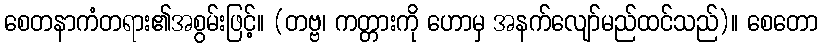
စေတနာကံတရား၏အစွမ်းဖြင့်။ (တဗ္ဗ၊ ကတ္တားကို ဟောမှ အနက်လျော်မည်ထင်သည်)။ စေတော